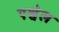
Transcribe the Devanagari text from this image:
एश्वेल